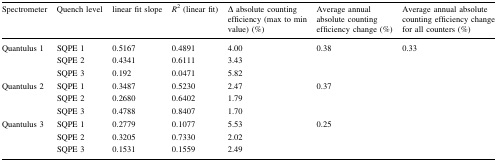
<table><thead><tr><td><b>Spectrometer</b></td><td><b>Quench level</b></td><td><b>linear fit slope</b></td><td><b><i>R</i><sup>2</sup> (linear fit)</b></td><td><b>Δ absolute counting efficiency (max to min value) (%)</b></td><td><b>Average annual absolute counting efficiency change (%)</b></td><td><b>Average annual absolute counting efficiency change for all counters (%)</b></td></tr></thead><tbody><tr><td rowspan="3">Quantulus 1</td><td>SQPE 1</td><td>0.5167</td><td>0.4891</td><td>4.00</td><td rowspan="3">0.38</td><td rowspan="9">0.33</td></tr><tr><td>SQPE 2</td><td>0.4341</td><td>0.6111</td><td>3.43</td></tr><tr><td>SQPE 3</td><td>0.192</td><td>0.0471</td><td>5.82</td></tr><tr><td rowspan="3">Quantulus 2</td><td>SQPE 1</td><td>0.3487</td><td>0.5230</td><td>2.47</td><td rowspan="3">0.37</td></tr><tr><td>SQPE 2</td><td>0.2680</td><td>0.6402</td><td>1.79</td></tr><tr><td>SQPE 3</td><td>0.4788</td><td>0.8407</td><td>1.70</td></tr><tr><td rowspan="3">Quantulus 3</td><td>SQPE 1</td><td>0.2779</td><td>0.1077</td><td>5.53</td><td rowspan="3">0.25</td></tr><tr><td>SQPE 2</td><td>0.3205</td><td>0.7330</td><td>2.02</td></tr><tr><td>SQPE 3</td><td>0.1531</td><td>0.1559</td><td>2.49</td></tr></tbody></table>